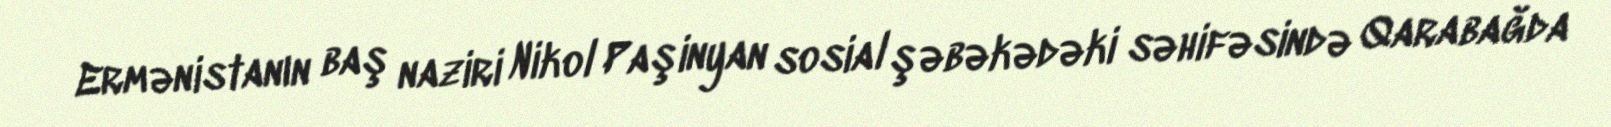
Ermənistanın baş naziri Nikol Paşinyan sosial şəbəkədəki səhifəsində Qarabağda